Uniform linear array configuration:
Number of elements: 16
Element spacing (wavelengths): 0.25
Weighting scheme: hann
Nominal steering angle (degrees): -30
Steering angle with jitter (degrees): -29.935
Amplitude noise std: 0.05
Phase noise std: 0.05

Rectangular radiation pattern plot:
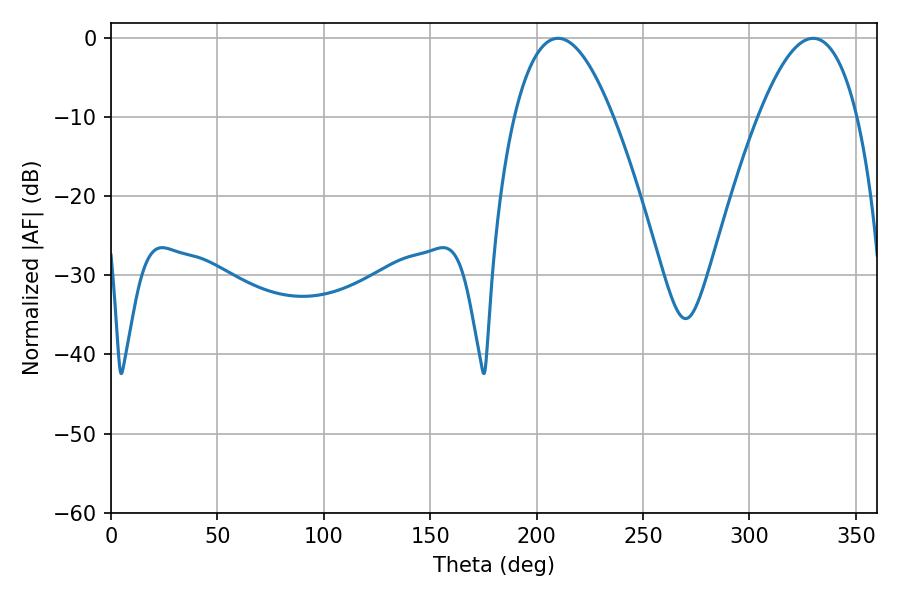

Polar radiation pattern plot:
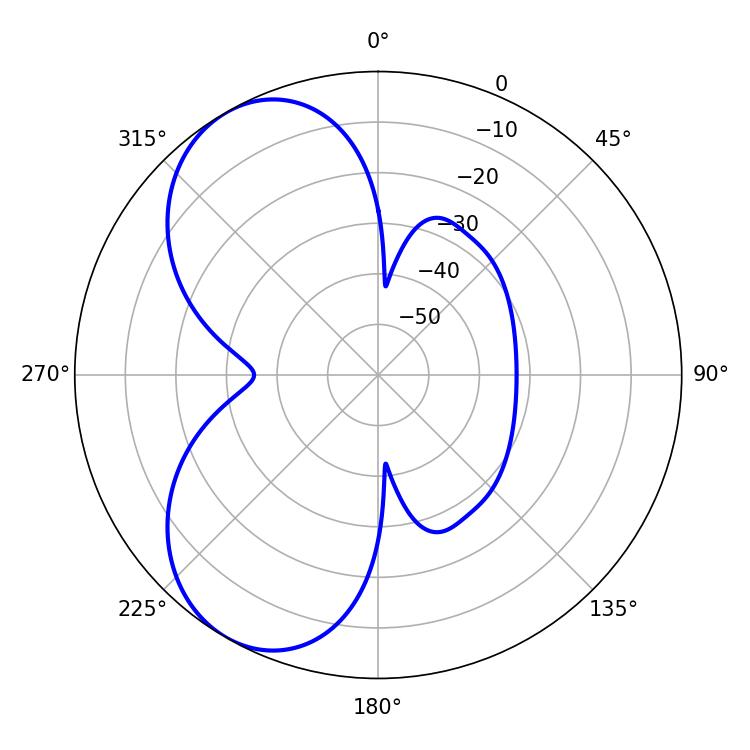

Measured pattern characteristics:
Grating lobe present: FALSE
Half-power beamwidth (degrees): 25.38
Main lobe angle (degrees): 210.06